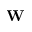
{ \mathbf W }